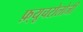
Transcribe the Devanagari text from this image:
फ़्यूचरोलोजी